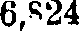
6,824